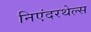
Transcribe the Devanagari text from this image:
निएंदरथेल्स